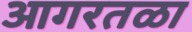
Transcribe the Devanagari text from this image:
आगरतळा